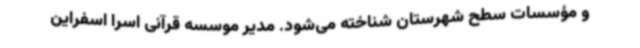
و مؤسسات سطح شهرستان شناخته می‌شود. مدیر موسسه قرآنی اسرا اسفراین